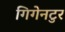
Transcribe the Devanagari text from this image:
गिगेनटुर